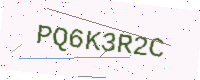
Text: PQ6K3R2C